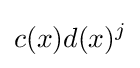
c(x)d(x)^{j}